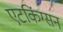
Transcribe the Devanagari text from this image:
एटकिंग्सन